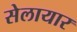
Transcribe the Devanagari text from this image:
सेलायार